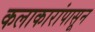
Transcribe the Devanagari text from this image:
कलाकारांपासून